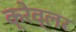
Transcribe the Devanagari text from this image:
क्रेव्लर